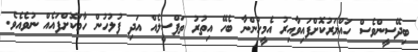
ބިދޭސީންވެސް ހައްޔަރުކޮށްފައިވާއިރު އެމީހުންނާ ބެހޭ އިތުރު ތަފްސީލެއް އަދި ފުލުހުން ހާމަކޮށްފައެއް ނުވެއެވެ.